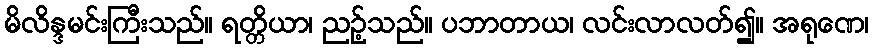
မိလိန္ဒမင်းကြီးသည်။ ရတ္တိယာ၊ ညဉ့်သည်။ ပဘာတာယ၊ လင်းလာလတ်၍။ အရုဏေ၊